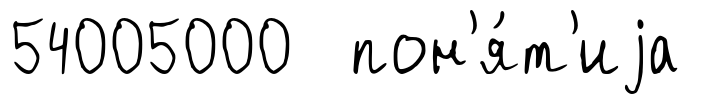
54005000 пон'я́т'иjа